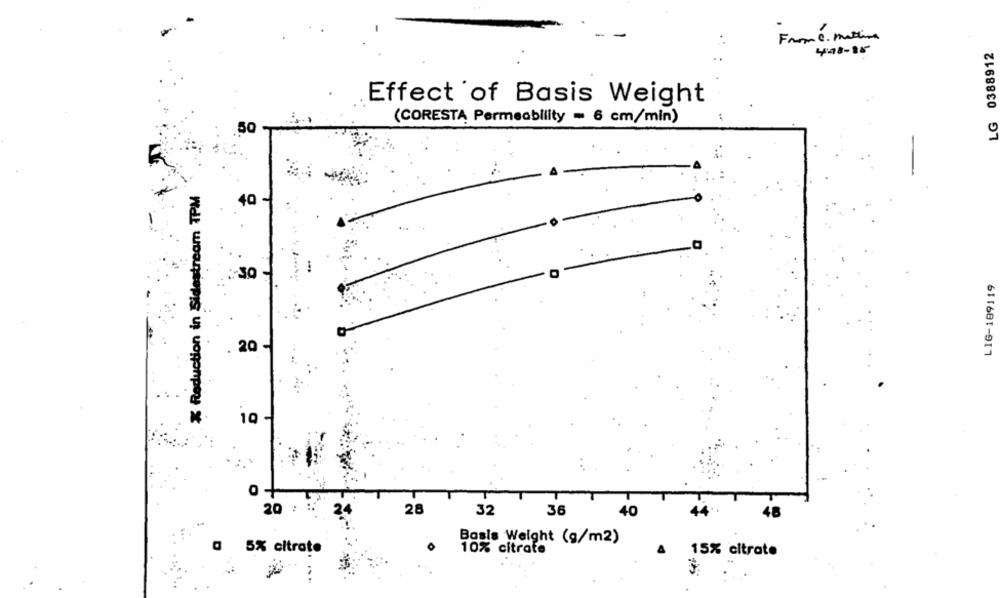
From c . mattina
0388912
4:48-35
Effect of Basis Weight
LG
(CORESTA Permeability = 6 cm/min)
50
% Reduction in Sidestream TPM
40
LIG-189119
20
10 -
o +
20 : :
24
28
32
36
40
Basis Weight (g/m2)
a 5% citrate
10% citrate
15% citrate
...